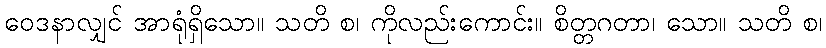
ဝေဒနာလျှင် အာရုံရှိသော။ သတိ စ၊ ကိုလည်းကောင်း။ စိတ္တဂတာ၊ သော။ သတိ စ၊